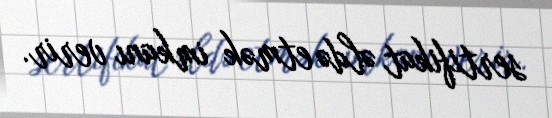
sertifikat əldə etmək imkanı verir.